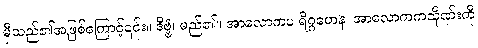
မှီသည်၏အဖြစ်ကြောင့်၎င်း။ ဒိဗ္ဗံ၊ မည်၏။ အာလောကပ ရိဂ္ဂဟေန၊ အာလောကကသိုဏ်းကို